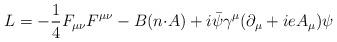
LaTeX: \begin{align*}L=-\frac{1}{4}F_{{\mu}{\nu}}F^{{\mu}{\nu}}-B(n{\cdot}A) +i\bar{\psi}{\gamma}^{\mu}({\partial}_{\mu}+ieA_{\mu}){\psi} \end{align*}